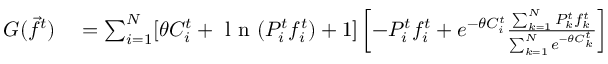
\begin{array} { r l } { G ( \vec { f } ^ { t } ) } & { { } = \sum _ { i = 1 } ^ { N } [ \theta C _ { i } ^ { t } + \mathrm { ~ l ~ n ~ } ( P _ { i } ^ { t } f _ { i } ^ { t } ) + 1 ] \left[ - P _ { i } ^ { t } f _ { i } ^ { t } + e ^ { - \theta C _ { i } ^ { t } } \frac { \sum _ { k = 1 } ^ { N } P _ { k } ^ { t } f _ { k } ^ { t } } { \sum _ { k = 1 } ^ { N } e ^ { - \theta C _ { k } ^ { t } } } \right] } \end{array}